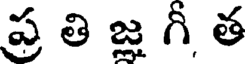
ప్ర తి జ్ఞ గీ త